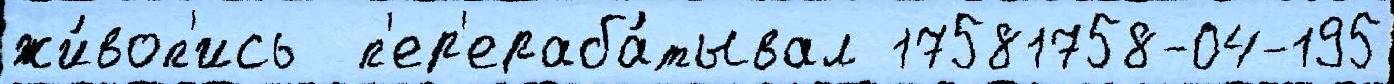
жи́воп'ись  п'ер'ераба́тывал 17581758-04-195